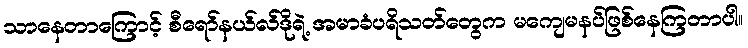
သာနေတာကြောင့် စီရော်နယ်လ်ဒိုရဲ့ အမာခံပရိသတ်တွေက မကျေမနပ်ဖြစ်နေကြတာပါ။